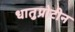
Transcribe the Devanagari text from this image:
धातुप्रोटीन